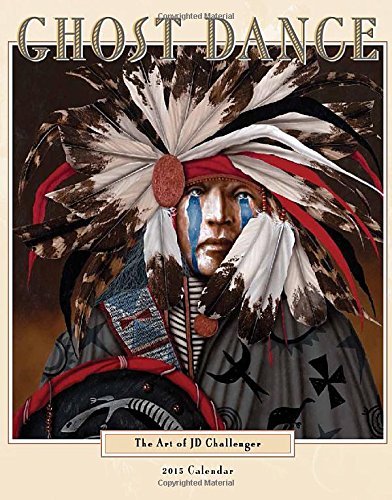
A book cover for By J D Challenger Ghost Dance 2015 Calendar (Native American) (Wall Calendars) [Calendar]; Calendars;